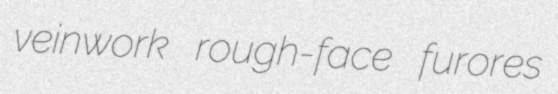
veinwork rough-face furores